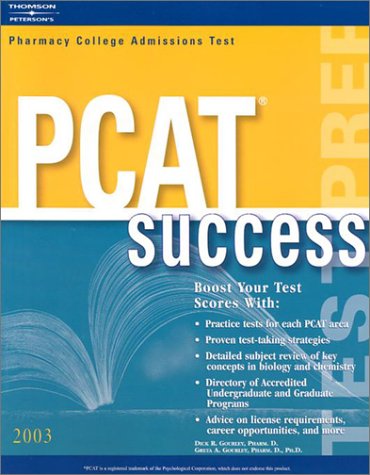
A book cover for PCAT Success 2003, 6th edition (Arco Master the PCAT); Peterson's; Education & Teaching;